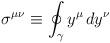
LaTeX: \begin{align*}\sigma^{\mu\nu}\equiv \oint_\gamma y^\mu\, dy^{\nu}\end{align*}